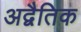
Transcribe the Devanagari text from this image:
अद्वैतिक